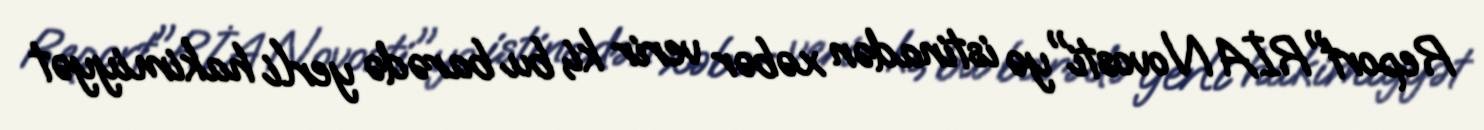
Report"RİA Novosti"yə istinadən xəbər verir ki, bu barədə yerli hakimiyyət